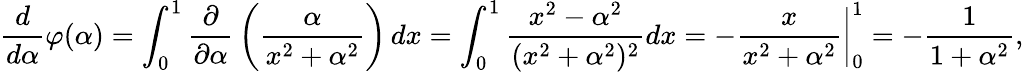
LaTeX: {\frac{d}{d\alpha}}\varphi(\alpha)=\int_{0}^{1}{\frac{\partial}{\partial\alpha}}\left({\frac{\alpha}{x^{2}+\alpha^{2}}}\right)\, dx=\int_{0}^{1}{\frac{x^{2}-\alpha^{2}}{(x^{2}+\alpha^{2})^{2}}}dx=\left.-{\frac{x}{x^{2}+\alpha^{2}}}\right|_{0}^{1}=-{\frac{1}{1+\alpha^{2}}},